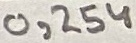
Text: 0,254